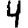
Digit: 4